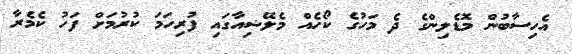
އެހިސާބުން މޮޑެލިންގެ ދެ މަހުގެ ކޯހެއް މެލޭޝިއާގައި ފުރިހަމަ ކުރުމަށް ފަހު ކެމެރާ